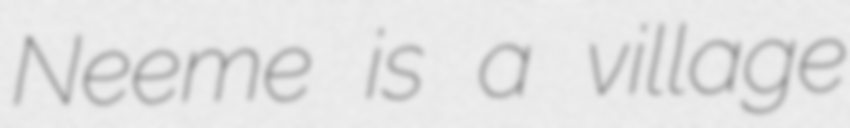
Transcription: Neeme is a village